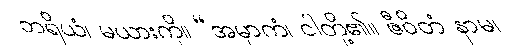
ဘရိယံ၊ မယားကို။ “အမှာကံ၊ ငါတို့၏။ ဇီဝိတံ နာမ၊